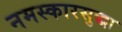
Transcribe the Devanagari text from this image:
नमस्कारसुद्धा